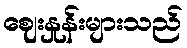
ဈေးနှုန်းများသည်